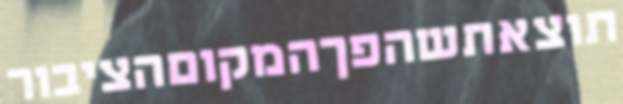
תוצאתשהפךהמקוםהציבור